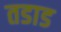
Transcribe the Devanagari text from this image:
तडाड